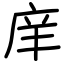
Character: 庠